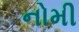
નોમી